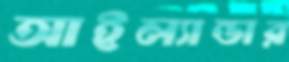
আইল্যান্ডার